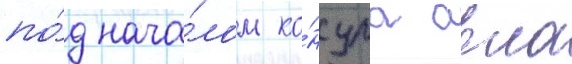
по́д нача́лом ко́нсула авла